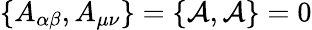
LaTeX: \{ A_{\alpha\beta},A_{\mu\nu}\} =\{ {\cal{A}},{\cal{A}}\} =0